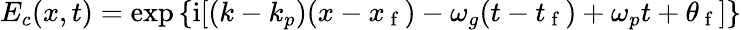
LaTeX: E_{c}(x,t)=\exp\left\{ \mathrm{i}[(k-k_{p})(x-x_{\mathrm{~f~}})-\omega_{g}(t-t_{\mathrm{~f~}})+\omega_{p}t+\theta_{\mathrm{~f~}}]\right\}